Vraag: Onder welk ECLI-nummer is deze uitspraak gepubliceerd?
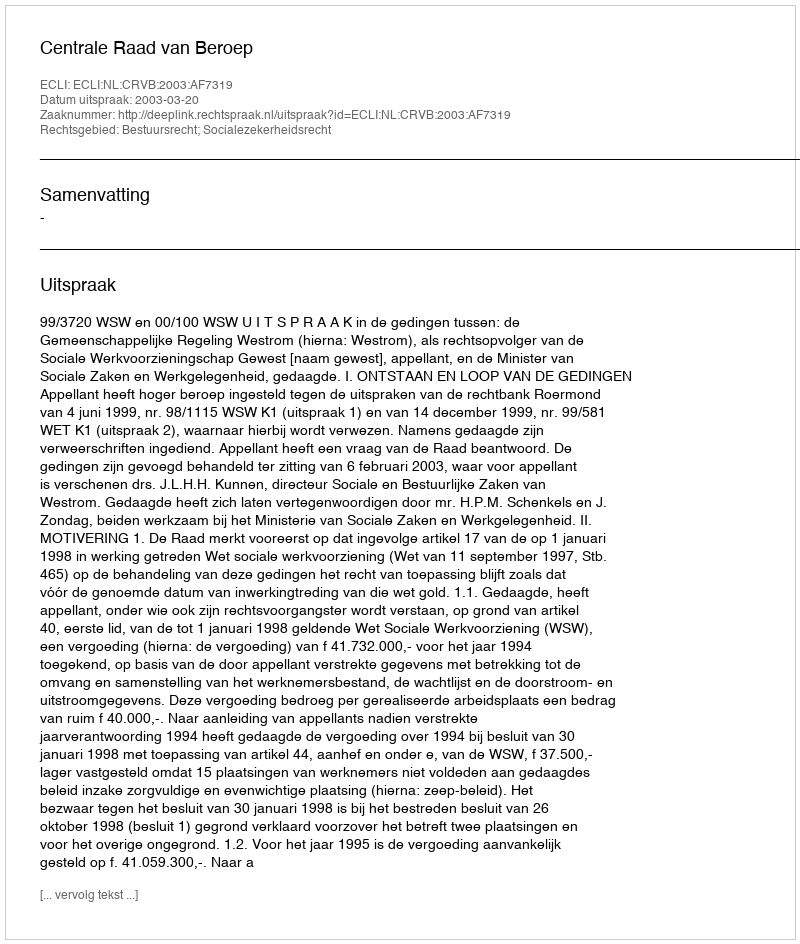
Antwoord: ECLI:NL:CRVB:2003:AF7319